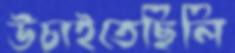
উচাইতেছিলি